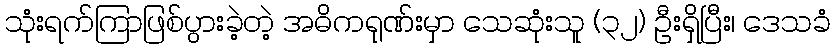
သုံးရက်ကြာဖြစ်ပွားခဲ့တဲ့ အဓိကရုဏ်းမှာ သေဆုံးသူ (၃၂) ဦးရှိပြီး၊ ဒေသခံ